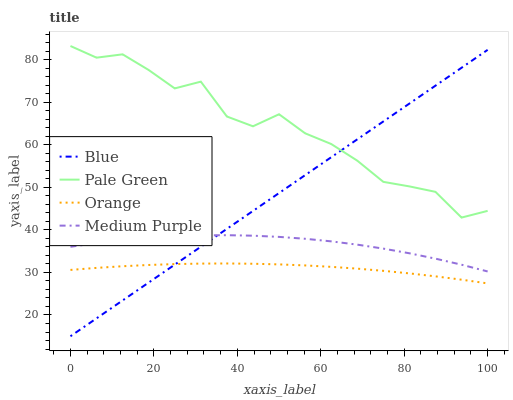
| xaxis_label | Blue | Pale Green | Orange | Medium Purple |
 | --- | --- | --- | --- | --- |
 | 0 | 15 | 83.3 | 30.6 | 36.1 |
 | 6.25 | 19.2 | 80.5 | 31.1 | 36.9 |
 | 12.5 | 23.4 | 81.3 | 31.5 | 37.6 |
 | 18.8 | 27.6 | 77.6 | 31.8 | 38.2 |
 | 25 | 31.8 | 73.3 | 32 | 38.5 |
 | 31.2 | 36.1 | 74.9 | 32.1 | 38.7 |
 | 37.5 | 40.3 | 66.7 | 32.1 | 38.8 |
 | 43.8 | 44.5 | 64.4 | 32.1 | 38.7 |
 | 50 | 48.7 | 67.2 | 31.9 | 38.4 |
 | 56.2 | 52.9 | 62.7 | 31.7 | 37.9 |
 | 62.5 | 57.1 | 60.2 | 31.3 | 37.3 |
 | 68.8 | 61.3 | 56.3 | 30.9 | 36.6 |
 | 75 | 65.5 | 51.3 | 30.4 | 35.6 |
 | 81.2 | 69.7 | 50.3 | 29.8 | 34.5 |
 | 87.5 | 74 | 49 | 29.1 | 33.3 |
 | 93.8 | 78.2 | 42.9 | 28.3 | 31.8 |
 | 100 | 82.4 | 44.5 | 27.4 | 30.2 |